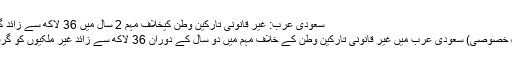
سعودی عرب: غیر قانونی تارکین وطن کیخلاف مہم 2 سال میں 36 لاکھ سے زائد گرفتار | BOL
ریاض (نمائندہ خصوصی) سعودی عرب میں غیر قانونی تارکین وطن کے خلاف مہم میں دو سال کے دوران 36 لاکھ سے زائد غیر ملکیوں کو گرفتار کر لیا گیا۔